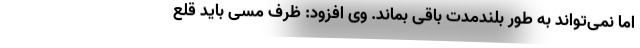
اما نمی‌تواند به طور بلند‌مدت باقی بماند. وی افزود: ظرف مسی باید قلع